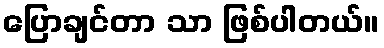
ပြောချင်တာ သာ ဖြစ်ပါတယ်။